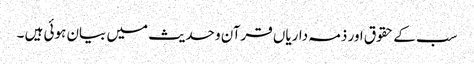
سب کے حقوق اور ذمہ داریاں قرآن و حدیث میں بیان ہوئی ہیں ۔